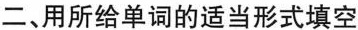
二、用所给单词的适当形式填空